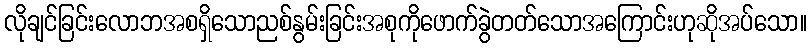
လိုချင်ခြင်းလောဘအစရှိသောညစ်နွမ်းခြင်းအစုကိုဖောက်ခွဲတတ်သောအကြောင်းဟုဆိုအပ်သော။